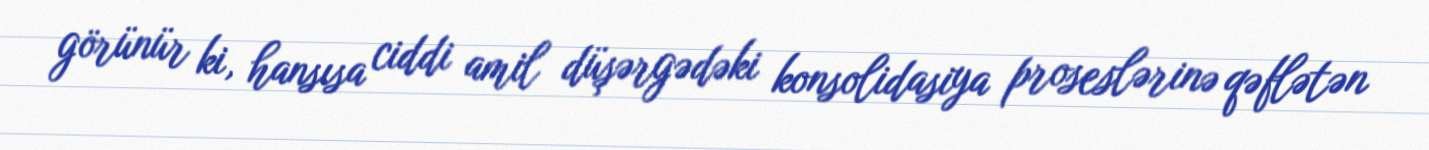
görünür ki, hansısa ciddi amil düşərgədəki konsolidasiya proseslərinə qəflətən